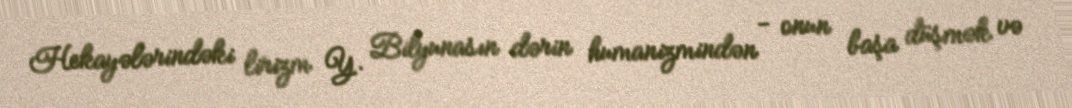
Hekayələrindəki lirizm Y. Bilyunasın dərin humanizmindən - onun başa düşmək və